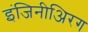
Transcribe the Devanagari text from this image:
इंजिनीअिरग